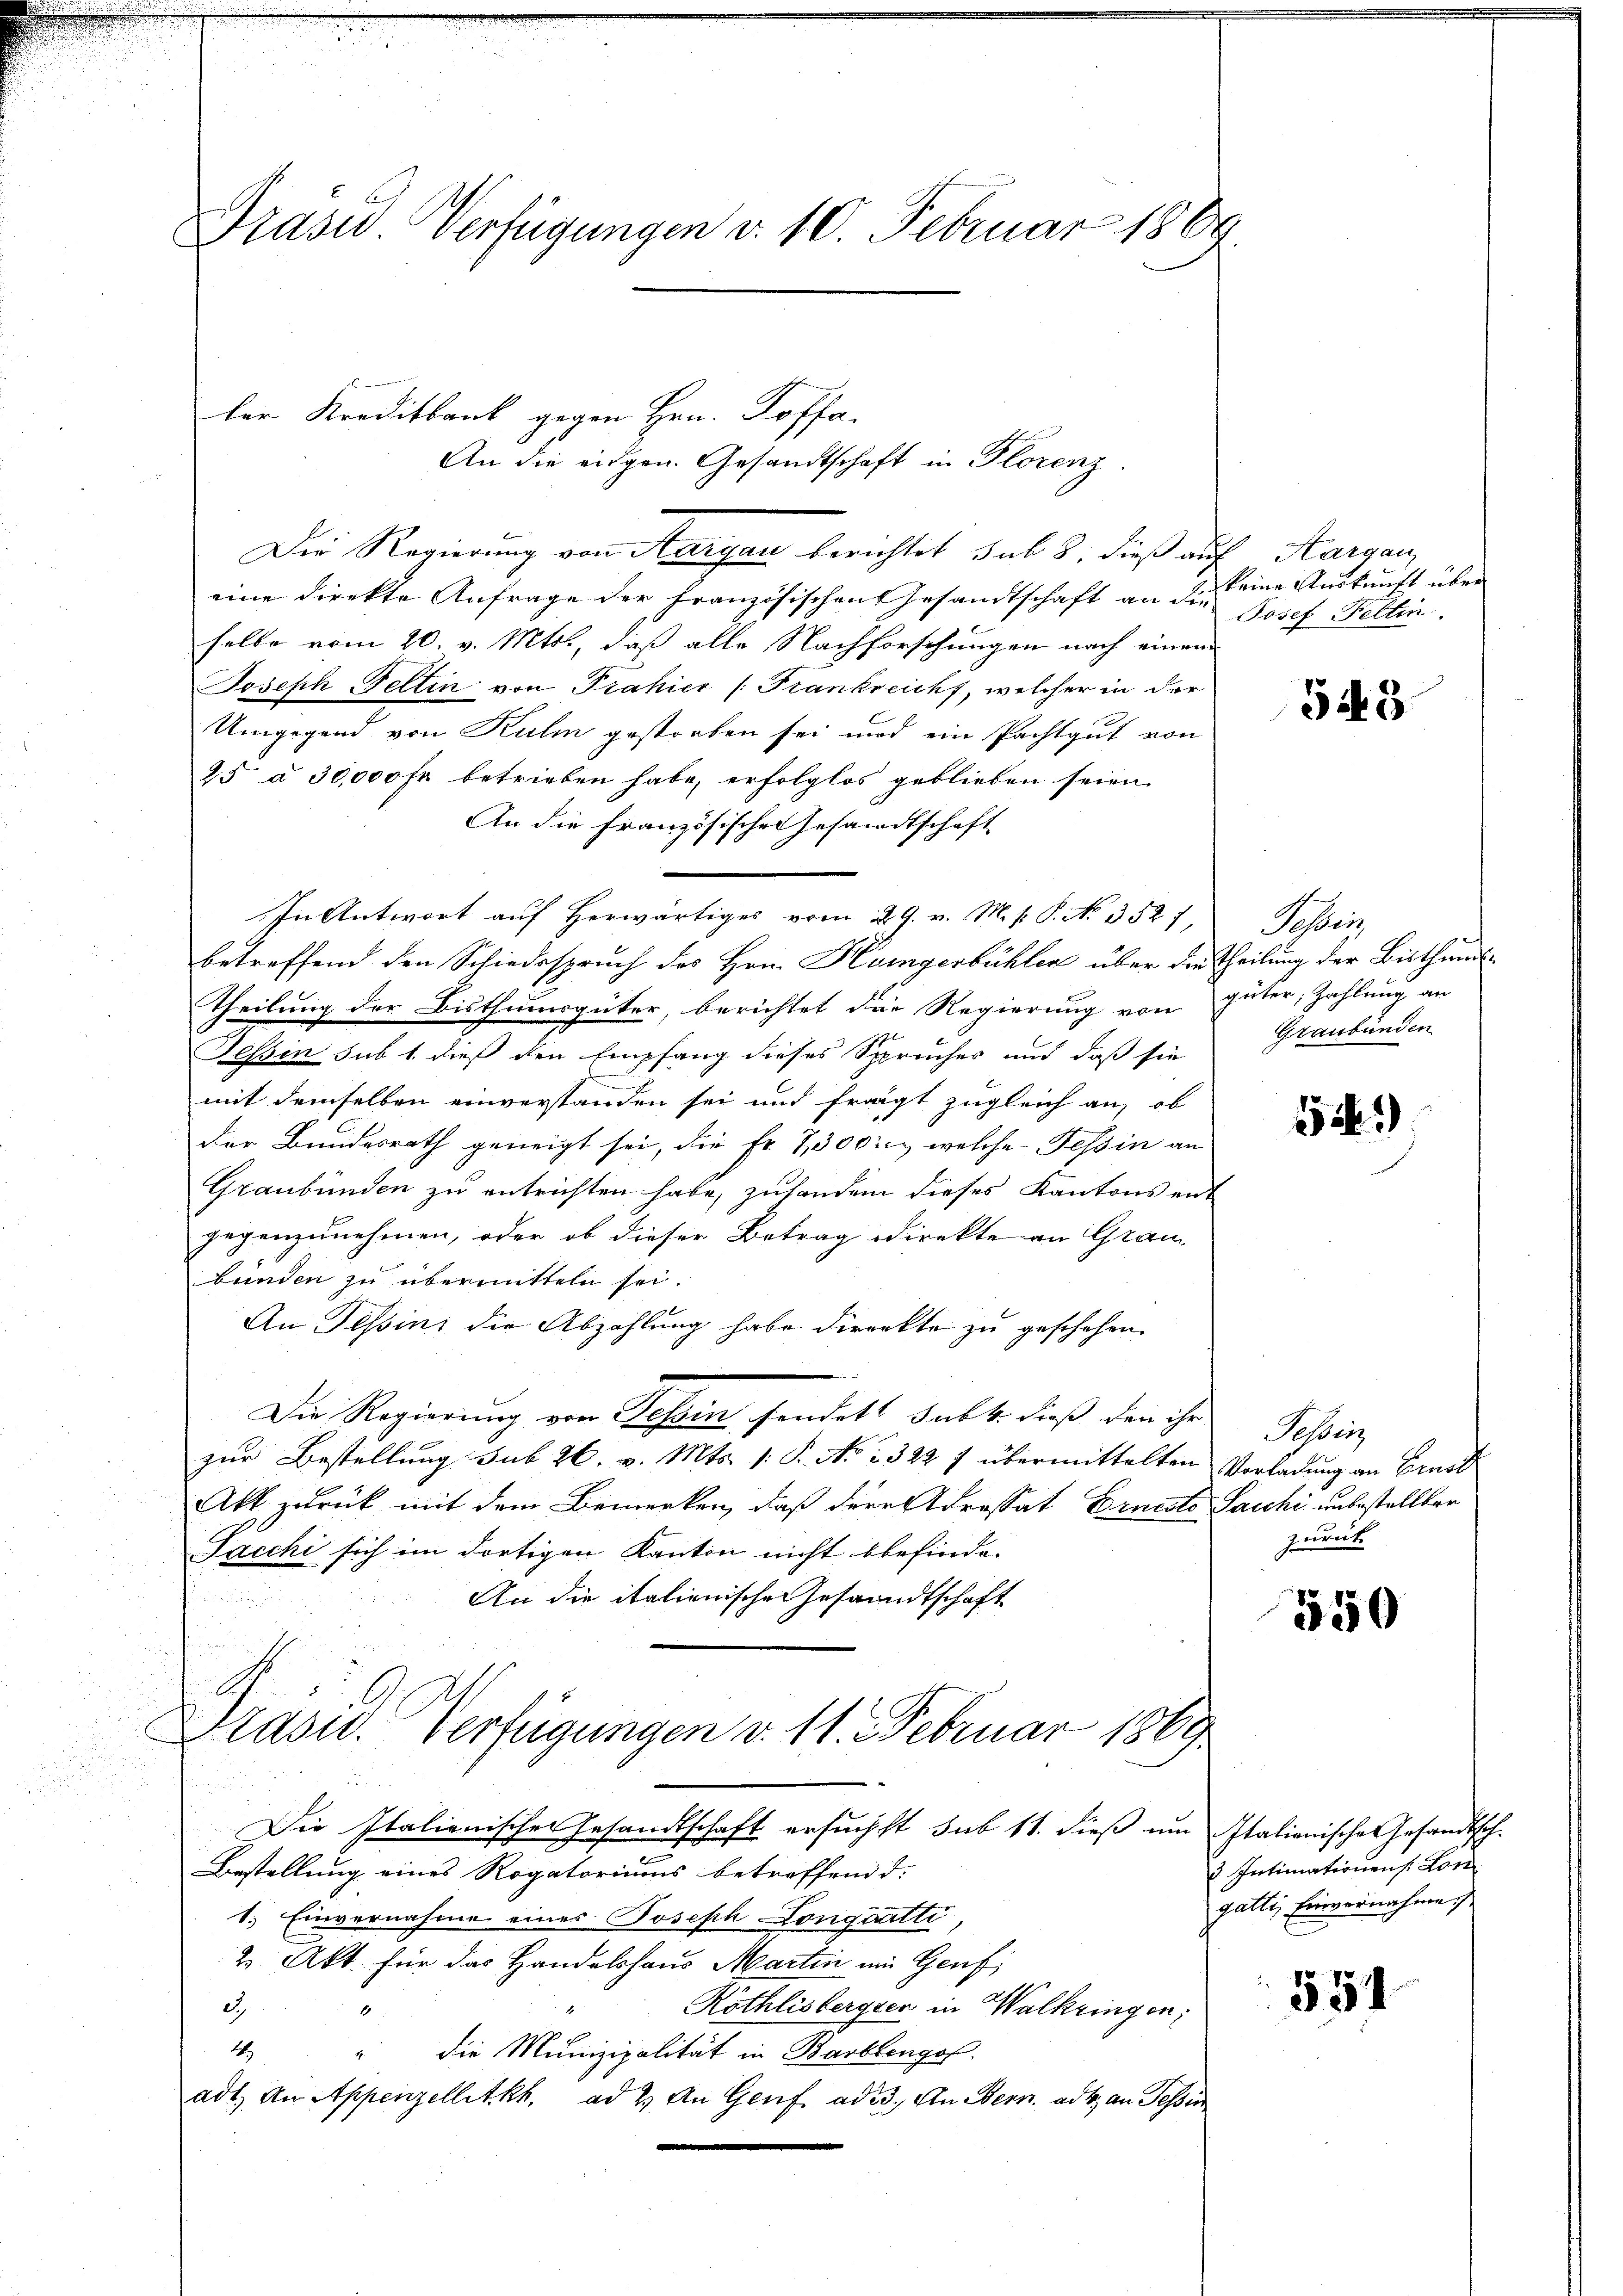
Präsid. Verfügungen v. 10. Februar 1869.

ler Kreditbank gegen Hrn. Toffa-
An die eidgen. Gesandtschaft in Florenz

Die Regierung von Aargau berichtet sub 8. dieß auf Aargau,
eine direkte Anfrage der Französischen Gesandtschaft an dies eine Auskunft über
selbe vom 20. v. Mts., daß alle Nachforschungen nach einem
Joseph Weltin von Prahier (Frankreicht, welcher in der
Umgegend von Kulm gestorben sei und ein Pachtgut von
25 à 30,000 fr betrieben habe, erfolglos geblieben seien.
An die Französischer Gesandtschaft
In Antwort auf Herwärtiges vom 29. v. M. v. P. No. 3527, Tessin.
betreffend den Schiedsspruch des Hrn. Heingerbühler über die Theilung der Bisthums-
Theilung der Bisthumsgüter, berichtet der Regierung von güter, Zahlung an
Tessin sub 1. dieß den Empfang dieses Spruches und daß sie
mit demselben einverstanden sei und fragt zugleich auf ob
der Bundesrath geneigt sei, die Fr. 7,300.- welche Tessin an
Graubünden zu entrichten habe, zuhanden dieses Kantons ent
gegenzunehmen, oder ob dieser Betrag direkte an Grau
bunden zu übermitteln sei.
An Tessini die Abzahlung habe direkte zu geschehen.
Die Regierung von Tessin, sendet sub b. dieß den ihr
zur Bestellung sub 26. v. Mts. 1. P. No 2322 7 übermittelten Vorladung an Ernst
Akt zurück mit dem Bemerken, daß dere Adressat Ernesto Paschi unbestellter
Jacchi sich im dortigen Kanton nicht befinde.
An die italienische Gesandtschaft
d
Drasw. Verfügungen v. 11. Februar 1869
Die Italienischen Gesandtschaft ersuchst sub 11. dieß um Italienische Gesandtsch.
Bestellung eines Rogatoriums betreffend d.
1. Einvernahme eines Joseph Longuatti
2 Akt. für das Handelshaus Martin ein Genf
Röthlisberger in Walkringen;
d
1
die Munizipalität in Barblingof
1
adt. An Appenzellitkh. ad 2. An Genf ad 3. An Bern. ad 4. an Tessin
.

Josef Feltin

543

Graubünden

552)

eheiz
zurück

550

u. Intimationens Lon
galli, Einvernahme

551